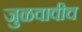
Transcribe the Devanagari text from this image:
जुळवावीच